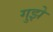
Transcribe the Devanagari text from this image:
गुझे